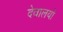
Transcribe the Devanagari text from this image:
देवालयो